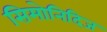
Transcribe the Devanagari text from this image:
सिमोनिदिज